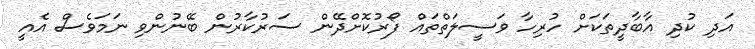
އަދި ކުދި އާބާދީތަކަށް ހުރިހާ ވަސީލަތްތައް ފޯރުކޮށްދޭން ސަރުކާރުން ބޭނުންވި ނަމަވެސް އެއީ